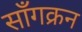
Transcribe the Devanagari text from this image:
साँगक्रन